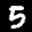
Label: 5